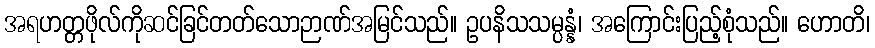
အရဟတ္တဖိုလ်ကိုဆင်ခြင်တတ်သောဉာဏ်အမြင်သည်။ ဥပနိသသမ္ပန္နံ၊ အကြောင်းပြည့်စုံသည်။ ဟောတိ၊